Scientific memoirs by medical officers of the Army of India - Part VIII,
Year: 1894
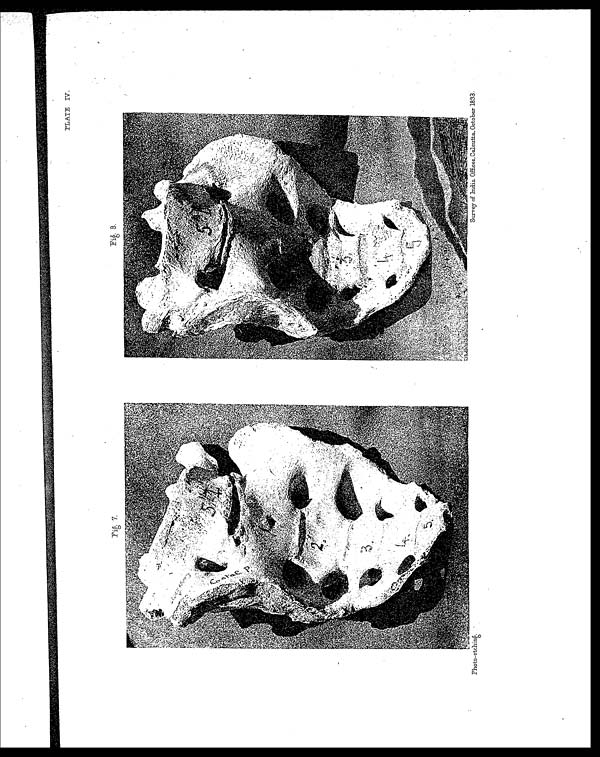
Photo-etching.
Survey of India Offices, Calcutta, October 1893.